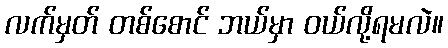
လက်မှတ် တစ်စောင် ဘယ်မှာ ဝယ်လို့ရမလဲ။